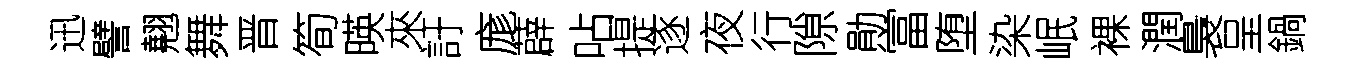
迅譬翹舞晋筍暎來訏庬薜呫提逐夜行隙勛富堕染岷裸潤裊呈鍋